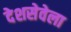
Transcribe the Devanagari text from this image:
देशसेवेला